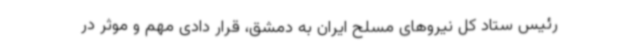
رئیس ستاد کل نیروهای مسلح ایران به دمشق، قرار دادی مهم و موثر در